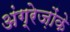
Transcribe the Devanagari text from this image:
अंग्रेज़ोंके